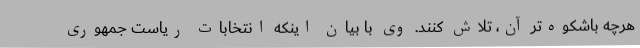
هرچه باشکوه‌تر آن، تلاش کنند. وی با بیان اینکه انتخابات ریاست جمهوری